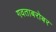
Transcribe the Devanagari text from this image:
गवताबरोबर